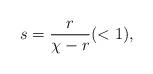
LaTeX: \begin{align*}s=\frac{r}{\chi-r} (<1),\end{align*}